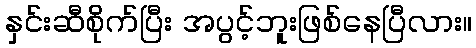
နှင်းဆီစိုက်ပြီး အပွင့်ဘူးဖြစ်နေပြီလား။